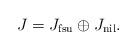
LaTeX: \begin{align*} J=J_{\mathrm{fsu}}\oplus J_{\mathrm{nil}}.\end{align*}